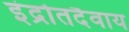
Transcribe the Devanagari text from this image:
इंद्रोतदैवाय